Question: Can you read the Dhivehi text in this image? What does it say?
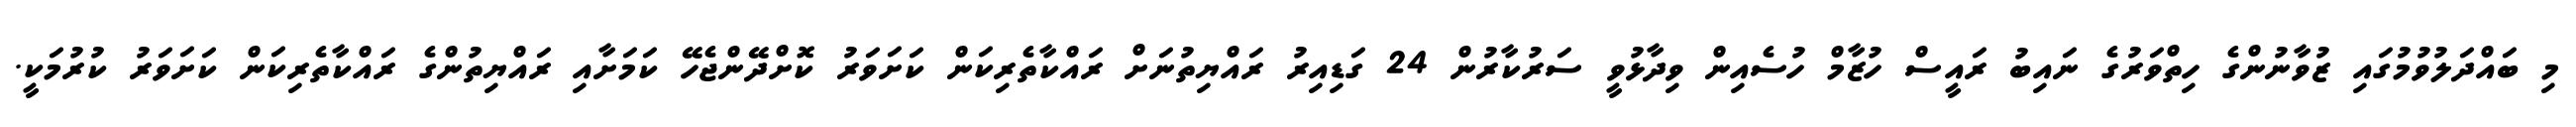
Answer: މި ބައްދަލުވުމުގައި ޒުވާނުންގެ ހިތްވަރުގެ ނައިބު ރައީސް ހުޒާމް ހުސެއިން ވިދާޅުވީ ސަރުކާރުން 24 ގަޑިއިރު ރައްޔިތުނަށް ރައްކާތެރިކަން ކަށަވަރު ކޮށްދޭންޖެހޭ ކަމަށާއި ރައްޔިތުންގެ ރައްކާތެރިކަން ކަށަވަރު ކުރުމަކީ.